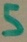
Text: 5